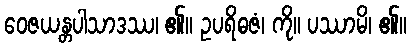
ဝေဇယန္တပါသာဒဿ၊ ၏။ ဥပရိဓဇံ၊ ကို။ ပဿာမိ၊ ၏။